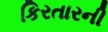
કિરતારની